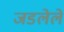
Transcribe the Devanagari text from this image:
जडलेले